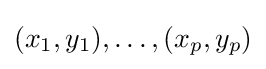
(x_{1},y_{1}),\dots ,(x_{p},y_{p})